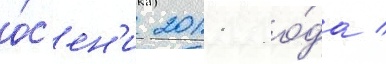
о́с'ен'и 2011 го́да /